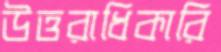
উত্তরাধিকারি